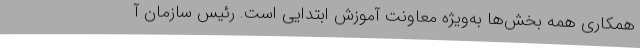
همکاری همه بخش‌ها به‌ویژه معاونت آموزش ابتدایی است. رئیس سازمان آ